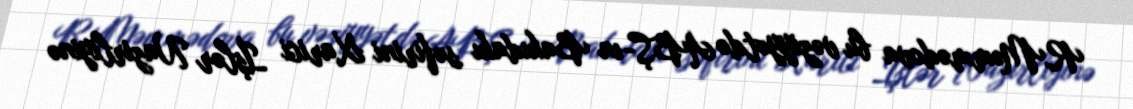
R.Məmmədova bu vəziyyətdə ABŞ-ın Bakıdakı səfirini Xarici İşlər Nazirliyinə